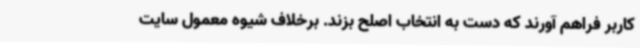
کاربر فراهم آورند که دست به انتخاب اصلح بزند. برخلاف شیوه معمول سایت